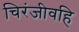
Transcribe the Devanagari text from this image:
चिरंजीवहि